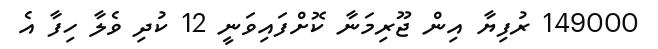
149000 ރުފިޔާ އިން ޖޫރިމަނާ ކޮށްފައިވަނީ 12 ކުދި ވެލާ ހިފާ އެ